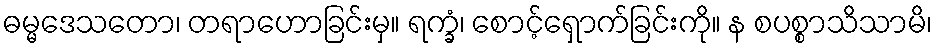
ဓမ္မဒေသတော၊ တရာဟောခြင်းမှ။ ရက္ခံ၊ စောင့်ရှောက်ခြင်းကို။ န စပစ္စာသိသာမိ၊